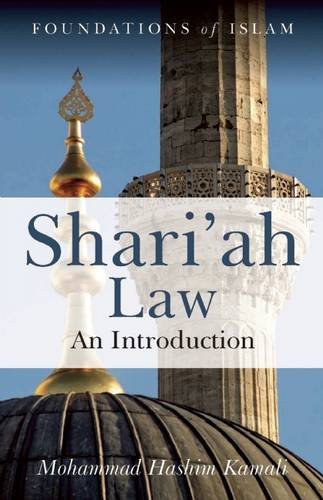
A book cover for Shari'ah Law: An Introduction; Mohammad Hashim Kamali; Religion & Spirituality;